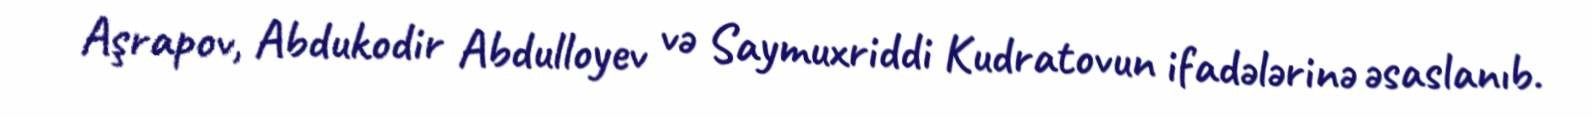
Aşrapov, Abdukodir Abdulloyev və Saymuxriddi Kudratovun ifadələrinə əsaslanıb.